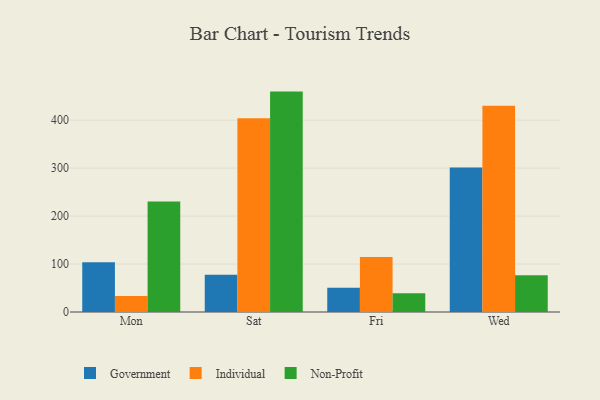
{"axis": {"x": "Day", "y": "Revenue (USD Million)"}, "legend": ["Government", "Individual", "Non-Profit"], "data": [{"x": "Mon", "y": 103.5, "type": "Government"}, {"x": "Mon", "y": 33.4, "type": "Individual"}, {"x": "Mon", "y": 230.2, "type": "Non-Profit"}, {"x": "Sat", "y": 77.5, "type": "Government"}, {"x": "Sat", "y": 403.9, "type": "Individual"}, {"x": "Sat", "y": 459.5, "type": "Non-Profit"}, {"x": "Fri", "y": 50.4, "type": "Government"}, {"x": "Fri", "y": 114.7, "type": "Individual"}, {"x": "Fri", "y": 39.2, "type": "Non-Profit"}, {"x": "Wed", "y": 301.3, "type": "Government"}, {"x": "Wed", "y": 430.1, "type": "Individual"}, {"x": "Wed", "y": 76.8, "type": "Non-Profit"}]}